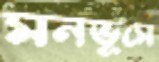
মনভূমে